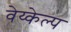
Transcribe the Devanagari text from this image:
वेय्केल्प